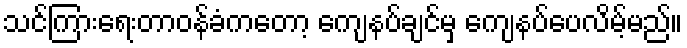
သင်ကြားရေးတာဝန်ခံကတော့ ကျေနပ်ချင်မှ ကျေနပ်ပေလိမ့်မည်။